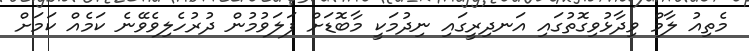
މެތިއު ލާމް ވިދާޅުވިގޮތުގައި އަނދިރީގައި ނިދުމަކީ މާބޮޑަށް ފަލަވުމުން ދުރުހެލިވެވޭނެ ކަމެއް ކަމަށް